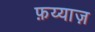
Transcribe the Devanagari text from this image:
फ़य्याज़